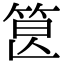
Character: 𥭷